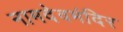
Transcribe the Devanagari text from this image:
नामदेवमंदिर